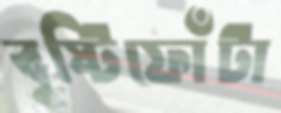
বৃষ্টিফোঁটা